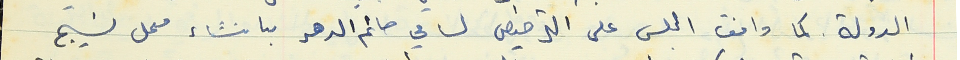
الدولة كما وافق المجلس على الترخيص لسامي حاتم الدهر بانشاء معمل نسيج